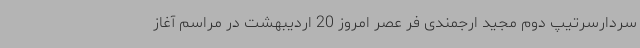
سردارسرتیپ دوم مجید ارجمندی فر عصر امروز 20 اردیبهشت در مراسم آغاز